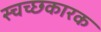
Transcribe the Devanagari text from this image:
स्चच्छकारक